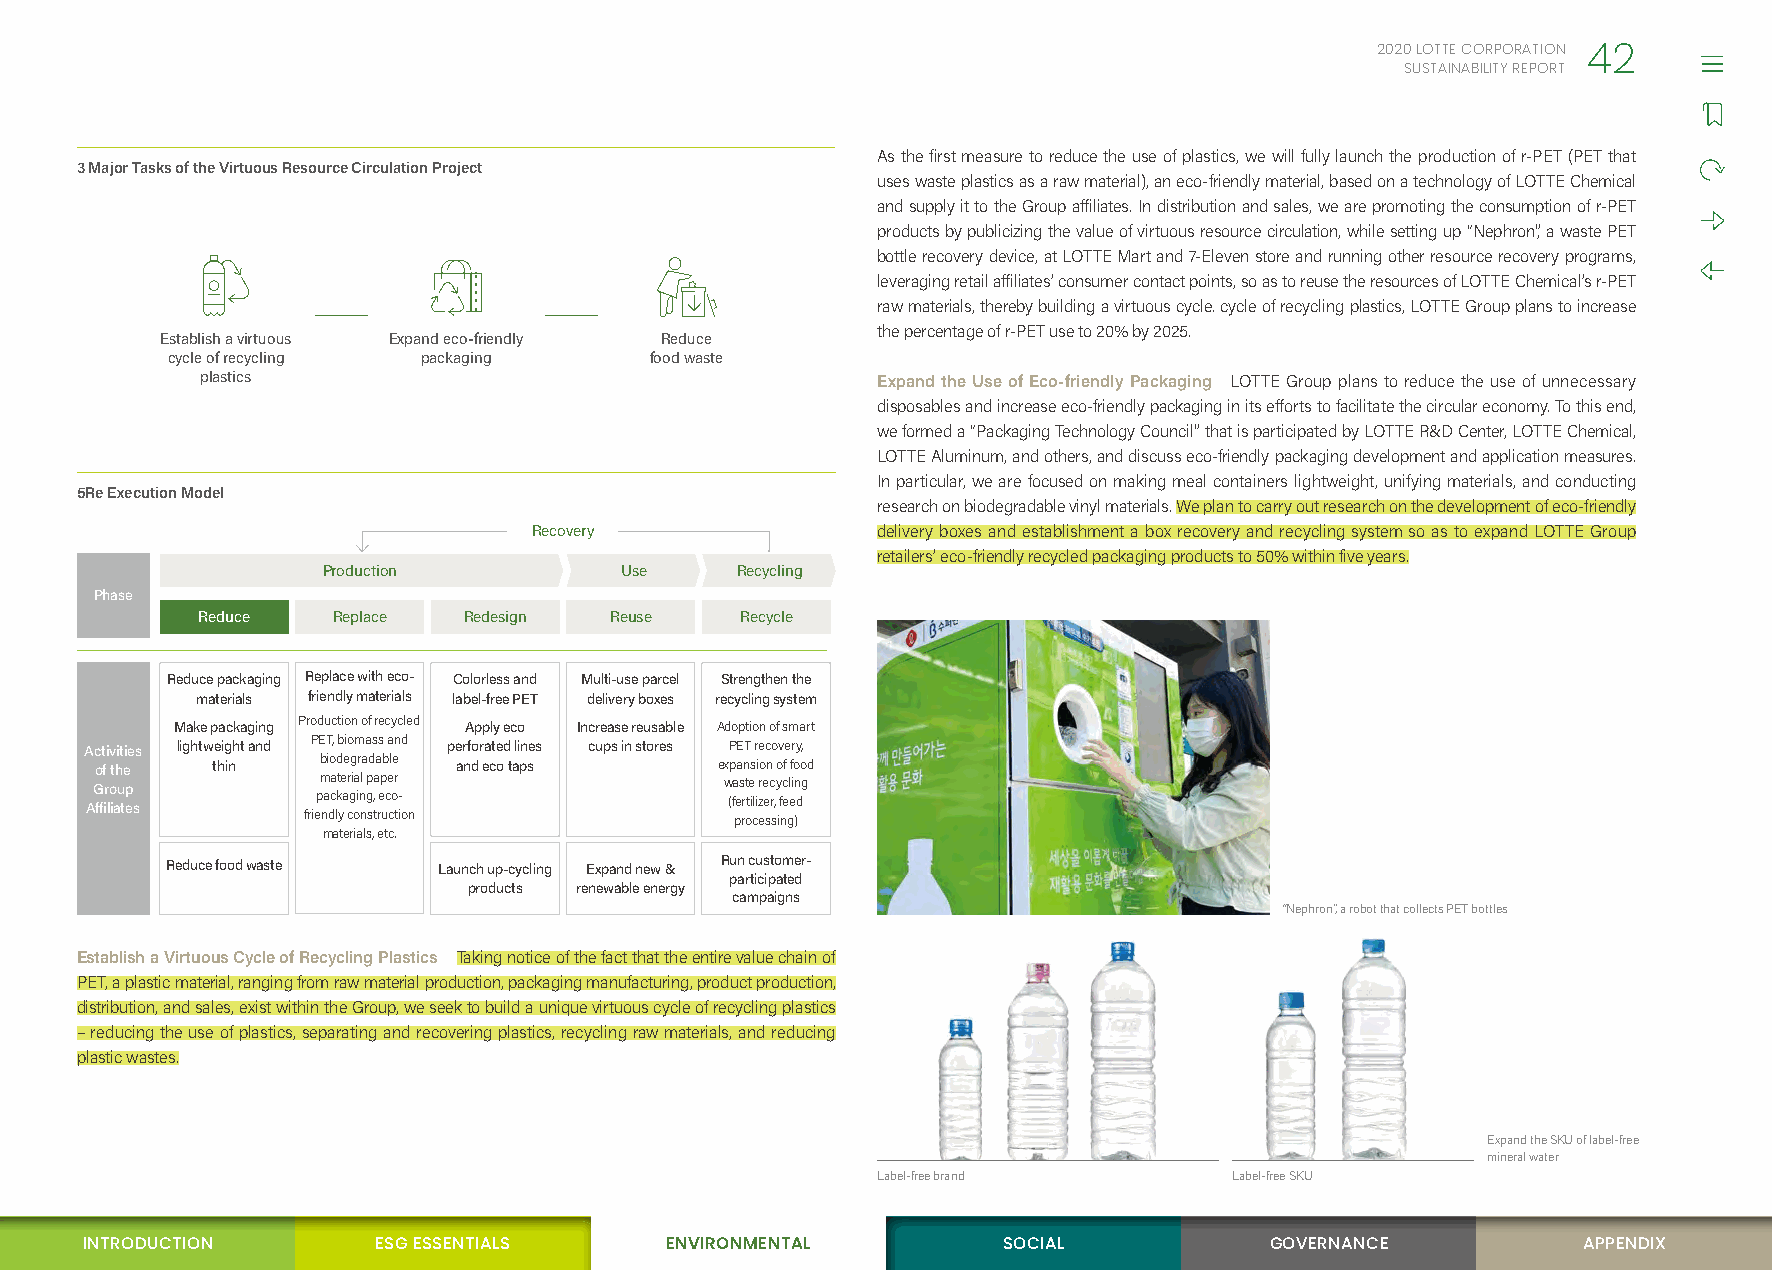
2020 LOTTE CORPORATION
 42
 SUSTAINABILITY REPORT
 As the first measure to reduce the use of plastics, we will fully launch the production of r-PET (PET that
 3 Major Tasks of the Virtuous Resource Circulation Project
 uses waste plastics as a raw material), an eco-friendly material, based on a technology of LOTTE Chemical
 and supply it to the Group affiliates. In distribution and sales, we are promoting the consumption of r-PET
 products by publicizing the value of virtuous resource circulation, while setting up “Nephron”, a waste PET
 bottle recovery device, at LOTTE Mart and 7-Eleven store and running other resource recovery programs,
 leveraging retail affiliates’ consumer contact points, so as to reuse the resources of LOTTE Chemical’s r-PET
 raw materials, thereby building a virtuous cycle. cycle of recycling plastics, LOTTE Group plans to increase
 the percentage of r-PET use to 20% by 2025.
 Establish a virtuous Expand eco-friendly Reduce
 cycle of recycling packaging    food waste
 plastics                                     Expand the Use of Eco-friendly Packaging LOTTE Group plans to reduce the use of unnecessary
 disposables and increase eco-friendly packaging in its efforts to facilitate the circular economy. To this end,
 we formed a “Packaging Technology Council” that is participated by LOTTE R&D Center, LOTTE Chemical,
 LOTTE Aluminum, and others, and discuss eco-friendly packaging development and application measures.
 In particular, we are focused on making meal containers lightweight, unifying materials, and conducting
 5Re Execution Model
 research on biodegradable vinyl materials. We plan to carry out research on the development of eco-friendly
 Recovery               delivery boxes and establishment a box recovery and recycling system so as to expand LOTTE Group
 retailers’ eco-friendly recycled packaging products to 50% within five years.
 Production          Use     Recycling
 Phase
 Reduce   Replace  Redesign Reuse    Recycle
 Reduce packaging Replace with eco- Colorless and Multi-use parcel Strengthen the
 materials friendly materials label-free PET delivery boxes recycling system
 Make packaging Production of recycled Apply eco Increase reusable Adoption of smart
 Activities lightweight and PET, biomass and perforated lines cups in stores PET recovery,
 of the  thin   biodegradable and eco taps expansion of food
 Group          material paper             waste recycling
 Affiliates     packaging, eco-            (fertilizer, feed
 friendly construction        processing)
 materials, etc.
 Reduce food waste Launch up-cycling Expand new & Run customer-
 participated
 products renewable energy
 campaigns
 “Nephron”, a robot that collects PET bottles
 Establish a Virtuous Cycle of Recycling Plastics Taking notice of the fact that the entire value chain of
 PET, a plastic material, ranging from raw material production, packaging manufacturing, product production,
 distribution, and sales, exist within the Group, we seek to build a unique virtuous cycle of recycling plastics
 – reducing the use of plastics, separating and recovering plastics, recycling raw materials, and reducing
 plastic wastes.
 Expand the SKU of label-free
 mineral water
 Label-free brand        Label-free SKU
 INTRODUCTION        ESG ESSENTIALS     ENVIRONMENTAL         SOCIAL            GOVERNANCE           APPENDIX